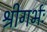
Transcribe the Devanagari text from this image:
श्रीगर्भः